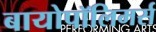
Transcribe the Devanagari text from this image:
बायोपॉलिमर्स